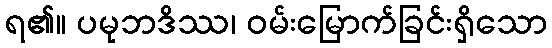
ရ၏။ ပမုဘဒိဿ၊ ဝမ်းမြောက်ခြင်းရှိသော